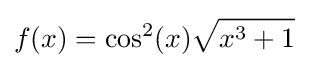
f(x)=\cos ^{2}(x){\sqrt {x^{3}+1}}